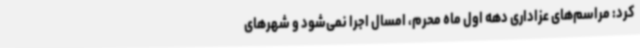
کرد: مراسم‌های عزاداری دهه اول ماه محرم، امسال اجرا نمی‌شود و شهرهای